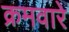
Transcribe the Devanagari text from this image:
क्रमवारे